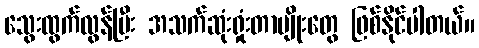
သွေးထွက်လွန်ပြီး အသက်ဆုံးရှုံးတာမျိုးတွေ ဖြစ်နိုင်ပါတယ်။